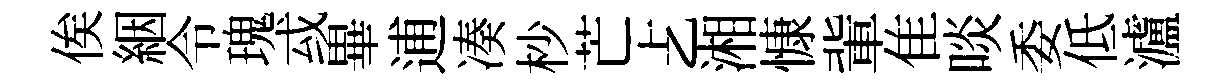
俟絪令瑰㦯畢逋凑杪芒𠧒湘慷軰隹啖委低瀘